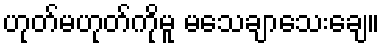
ဟုတ်မဟုတ်ကိုမူ မသေချာသေးချေ။